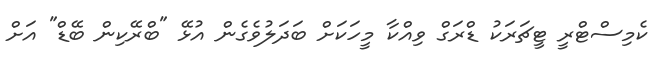
ކެމިސްޓްރީ ޓީޗަރަކު ޑްރަގް ވިއްކާ މީހަކަށް ބަދަލުވެގެން އުޅޭ "ބްރޭކިން ބޭޑް" އަށް